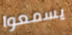
يسمعوا